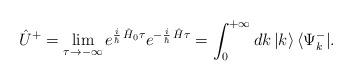
LaTeX: \begin{align*}\hat U^+=\lim_{\tau\to -\infty}e^{\frac{i}{\hbar}\,\hat H_0\tau}e^{-\frac{i}{\hbar}\,\hat H\tau}=\int_0^{+\infty}dk\,|k\rangle \,\langle \Psi_k^-|.\end{align*}